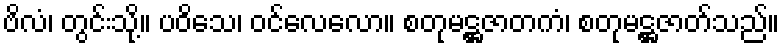
ဗိလံ၊ တွင်းသို့။ ပဝိသေ၊ ဝင်လေလော။ စတုမဋ္ဌဇာတကံ၊ စတုမဋ္ဌဇာတ်သည်။